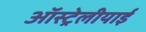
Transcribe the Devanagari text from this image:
ऑस्ट्रेलीयाई